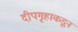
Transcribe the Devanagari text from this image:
दीपगृहाकडून